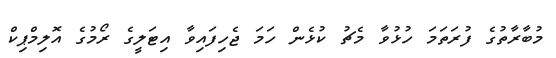
މުބާރާތުގެ ފުރަތަމަ ހުޅުވާ މެޗު ކުޅެން ހަމަ ޖެހިފައިވާ އިޓަލީގެ ރޯމުގެ އޮލިމްޕިކް